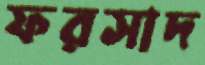
ফরসাদ